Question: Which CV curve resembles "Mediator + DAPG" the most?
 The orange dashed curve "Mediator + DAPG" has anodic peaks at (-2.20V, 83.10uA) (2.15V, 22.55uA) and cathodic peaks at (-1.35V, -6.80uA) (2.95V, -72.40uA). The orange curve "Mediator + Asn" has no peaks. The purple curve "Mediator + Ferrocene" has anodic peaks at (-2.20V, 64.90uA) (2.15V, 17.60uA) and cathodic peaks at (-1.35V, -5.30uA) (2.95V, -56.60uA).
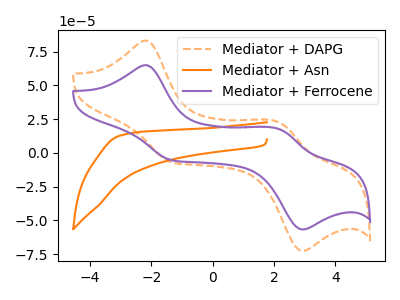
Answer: <think>"Mediator + DAPG" and "Mediator + Asn" have a different number of peaks. All the peaks in "Mediator + DAPG" have a peak in "Mediator + Ferrocene" at the same potential. Every peak in "Mediator + DAPG" is higher than every peak in "Mediator + Ferrocene". "Mediator + Asn" and "Mediator + Ferrocene" have a different number of peaks.
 </think>
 <answer>The CV with the most similar shape to "Mediator + Ferrocene" is "Mediator + DAPG".</answer>
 <eval>"Mediator + DAPG"</eval>